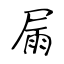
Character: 屚